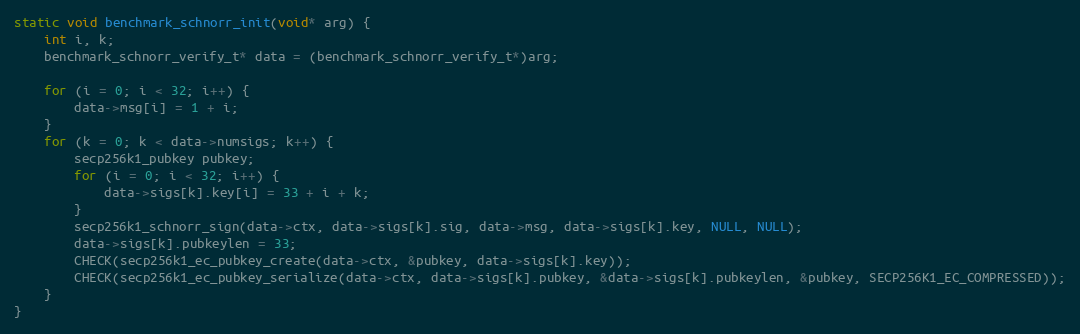
Language: C
static void benchmark_schnorr_init(void* arg) {
    int i, k;
    benchmark_schnorr_verify_t* data = (benchmark_schnorr_verify_t*)arg;

    for (i = 0; i < 32; i++) {
        data->msg[i] = 1 + i;
    }
    for (k = 0; k < data->numsigs; k++) {
        secp256k1_pubkey pubkey;
        for (i = 0; i < 32; i++) {
            data->sigs[k].key[i] = 33 + i + k;
        }
        secp256k1_schnorr_sign(data->ctx, data->sigs[k].sig, data->msg, data->sigs[k].key, NULL, NULL);
        data->sigs[k].pubkeylen = 33;
        CHECK(secp256k1_ec_pubkey_create(data->ctx, &pubkey, data->sigs[k].key));
        CHECK(secp256k1_ec_pubkey_serialize(data->ctx, data->sigs[k].pubkey, &data->sigs[k].pubkeylen, &pubkey, SECP256K1_EC_COMPRESSED));
    }
}